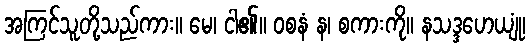
အကြင်သူတို့သည်ကား။ မေ၊ ငါ၏။ ဝစနံ န၊ စကားကို။ နသဒ္ဒဟေယျုံ၊